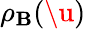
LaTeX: \rho_{\mathbf{B}}(\u{)}